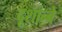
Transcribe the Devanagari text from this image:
दूशान्बे